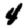
Digit: 4